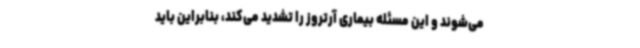
می‌شوند و این مسئله بیماری آرتروز را تشدید می‌کند، بنابراین باید